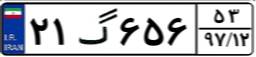
۲۱گ۶۵۶۵۳